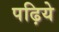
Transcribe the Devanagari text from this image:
पढ़िये